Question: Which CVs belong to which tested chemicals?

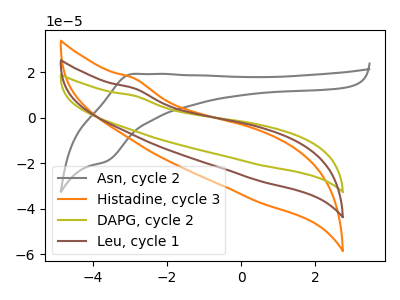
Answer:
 <answer>The gray curve is labeled "Asn, cycle 2". The orange curve is labeled "Histadine, cycle 3". The olive curve is labeled "DAPG, cycle 2". The brown curve is labeled "Leu, cycle 1".</answer>
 <eval></eval>